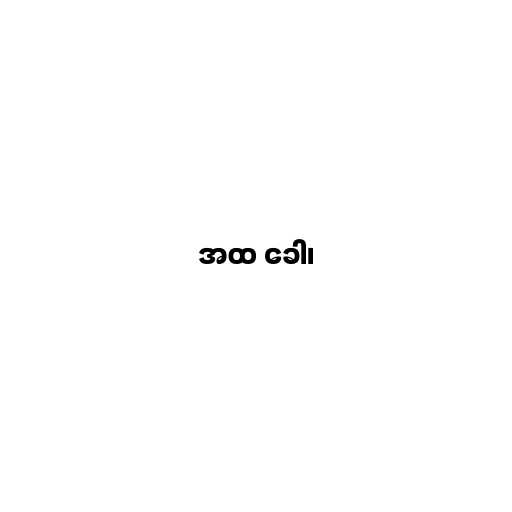
အထ ခေါ၊